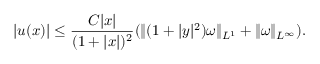
| u ( x ) | \leq \frac { C | x | } { ( 1 + | x | ) ^ { 2 } } ( \| ( 1 + | y | ^ { 2 } ) \omega \| _ { L ^ { 1 } } + \| \omega \| _ { L ^ { \infty } } ) .